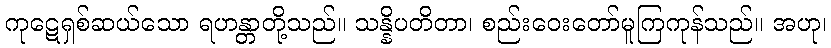
ကုဋေရှစ်ဆယ်သော ရဟန္တာတို့သည်။ သန္နိပတိတာ၊ စည်းဝေးတော်မူကြကုန်သည်။ အဟု၊